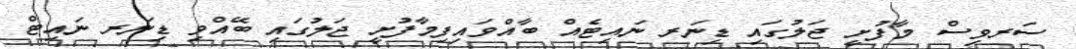
ސަރވިސް މާފުށީ ޖަލުގައި ޑިނަރ ނައިޓެއް ބާއްވައިފިމާފުށީ ޖަލުގައި ބޭއްވި ޑިނަރ ނައިޓް